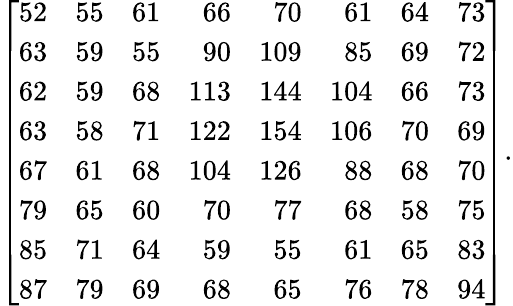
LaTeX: \left[{\begin{array}{rrrrrrrr}{52}&{55}&{61}&{66}&{70}&{61}&{64}&{73}\\ {63}&{59}&{55}&{90}&{109}&{85}&{69}&{72}\\ {62}&{59}&{68}&{113}&{144}&{104}&{66}&{73}\\ {63}&{58}&{71}&{122}&{154}&{106}&{70}&{69}\\ {67}&{61}&{68}&{104}&{126}&{88}&{68}&{70}\\ {79}&{65}&{60}&{70}&{77}&{68}&{58}&{75}\\ {85}&{71}&{64}&{59}&{55}&{61}&{65}&{83}\\ {87}&{79}&{69}&{68}&{65}&{76}&{78}&{94}\end{array}}\right].